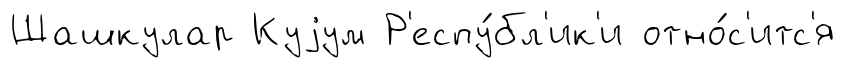
Шашкулар Куjум Р'еспу́бл'ик'и отно́с'итс'я